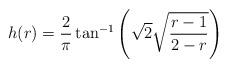
LaTeX: \begin{align*}h(r)=\frac{2}{\pi}\tan^{-1}\left(\sqrt{2}\sqrt{\frac{r-1}{2-r}}\right)\end{align*}